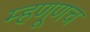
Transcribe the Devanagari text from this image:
म्हणूणच